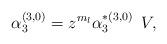
LaTeX: \begin{align*}\alpha_{3}^{(3,0)}=z^{m_l}\alpha_{3}^{*(3,0)}\,\,\, V,\end{align*}